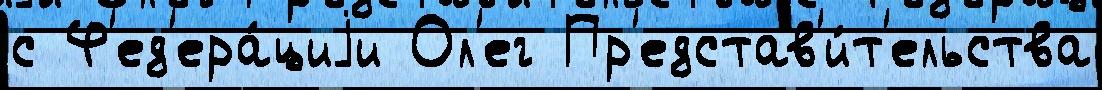
с Ф'ед'ера́циjи Ол'ег Пр'едстав'и́т'ельства